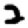
Digit: 2